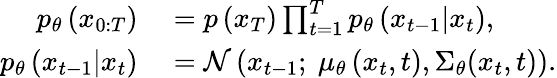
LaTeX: \begin{array}{rl}{p_{\theta}\left(x_{0:T}\right)}&{{}=p\left(x_{T}\right)\prod_{t=1}^{T}p_{\theta}\left(x_{t-1}|x_{t}\right),}\\ {p_{\theta}\left(x_{t-1}|x_{t}\right)}&{{}=\mathcal{N}\left(x_{t-1};\ \mu_{\theta}\left(x_{t},t\right),{{\Sigma}_{\theta}}({{x}_{t}},t)\right).}\end{array}